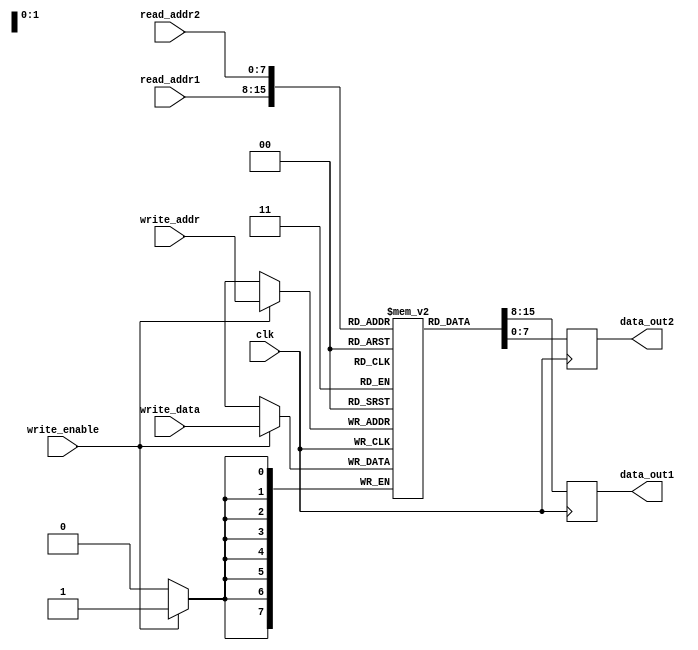
module MultiPortRegisterFile (
     input wire clk,
     input wire [7:0] read_addr1,
     input wire [7:0] read_addr2,
     input wire [7:0] write_addr,
     input wire [7:0] write_data,
     input wire write_enable,
     output reg [7:0] data_out1,
     output reg [7:0] data_out2
);

reg [7:0] memory [0:255];

always @(posedge clk) begin
    if(write_enable) begin
        memory[write_addr] <= write_data;
    end
    data_out1 <= memory[read_addr1];
    data_out2 <= memory[read_addr2];
end

endmodule